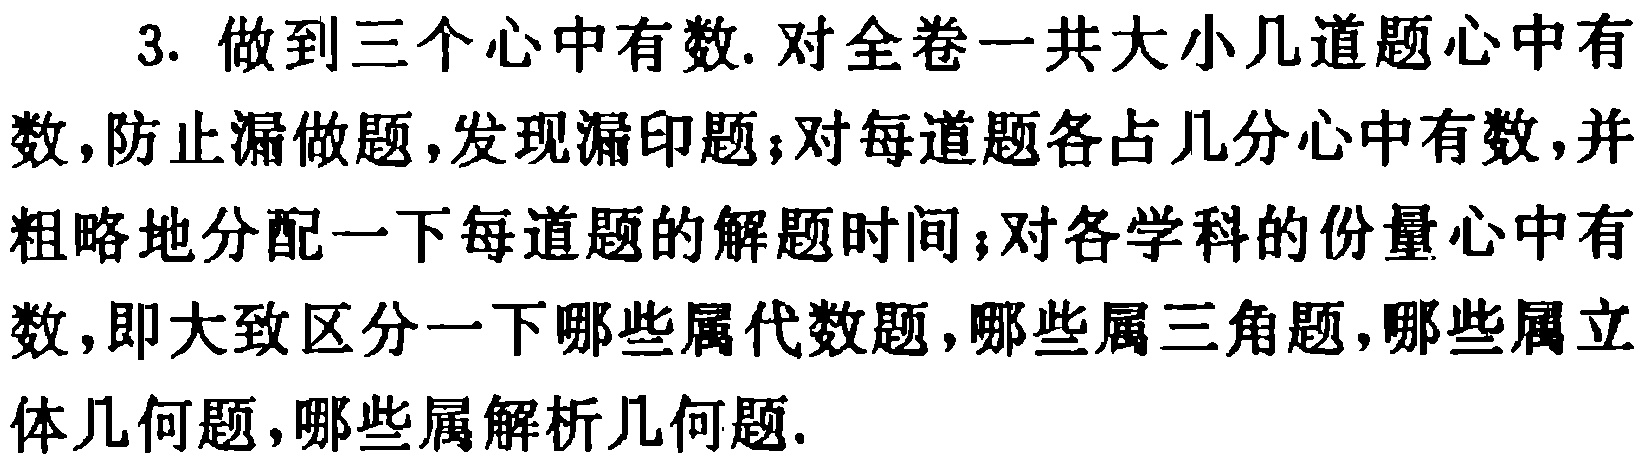
3. 做到三个心中有数. 对全卷一共大小几道题心中有数,防止漏做题,发现漏印题；对每道题各占几分心中有数,并粗略地分配一下每道题的解题时间；对各学科的份量心中有数,即大致区分一下哪些属代数题,哪些属三角题,哪些属立体几何题,哪些属解析几何题.